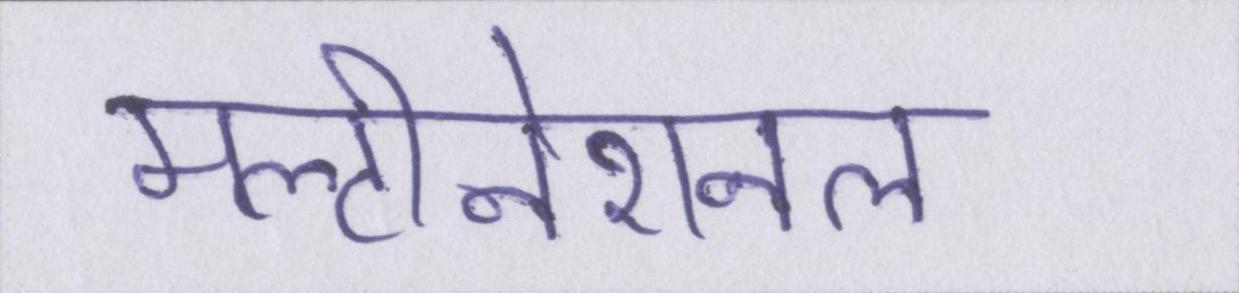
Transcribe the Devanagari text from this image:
मल्टीनेशनल